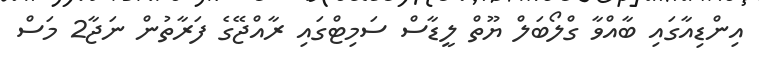
އިންޑިއާގައި ބާއްވާ ގްލޯބަލް ޔޫތް ލީޑާސް ސަމިޓްގައި ރާއްޖޭގެ ފަރާތުން ނަޖާ2 މަސް